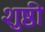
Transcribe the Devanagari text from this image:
शुष्ठी